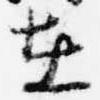
在